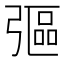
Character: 彄